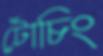
টোচিং